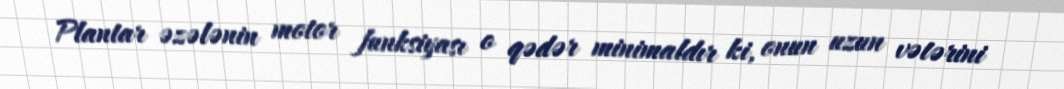
Plantar əzələnin motor funksiyası o qədər minimaldır ki, onun uzun vətərini